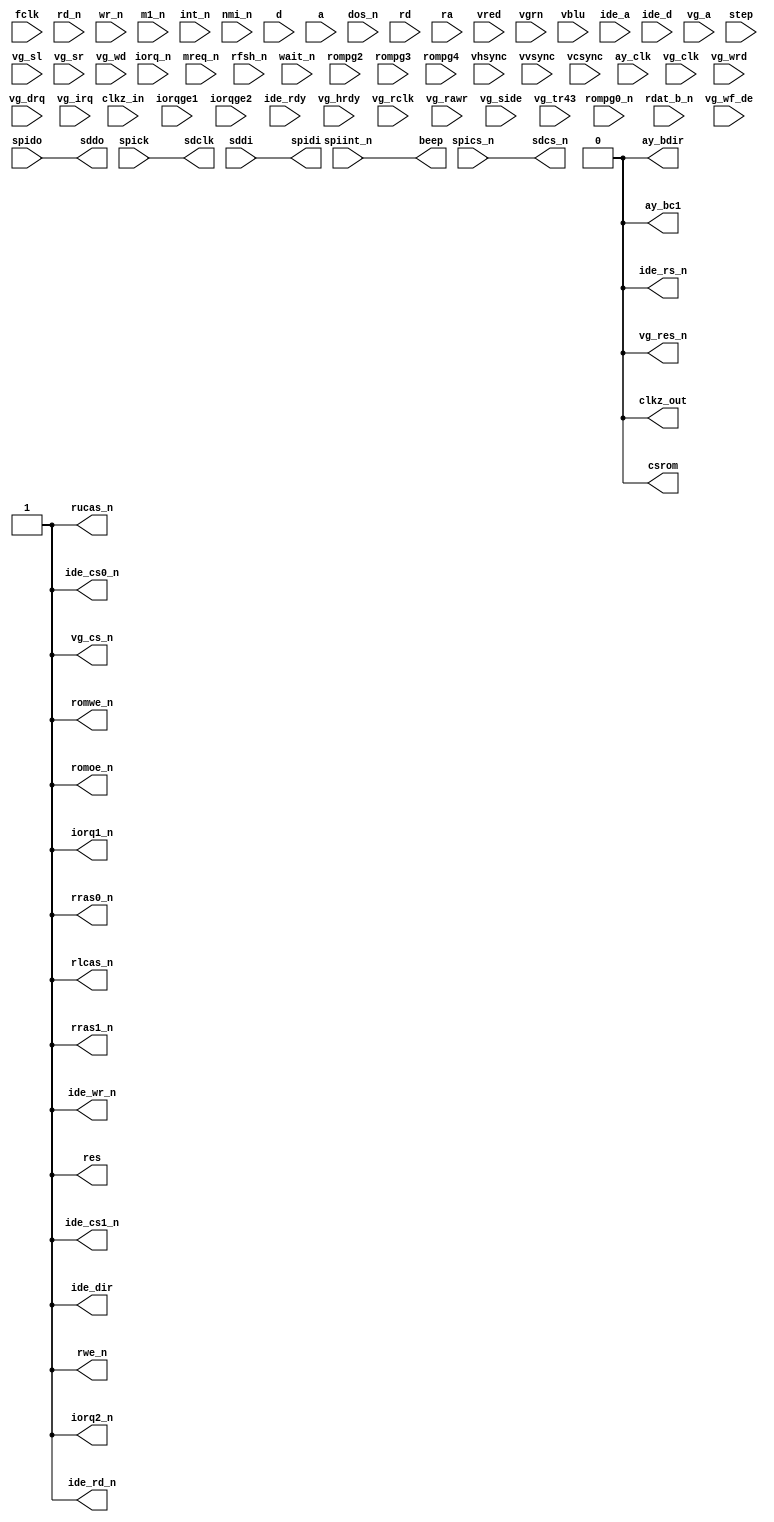
module main_25(
    input fclk,
    output clkz_out,
    input clkz_in,
    input iorq_n,
    input mreq_n,
    input rd_n,
    input wr_n,
    input m1_n,
    input rfsh_n,
    input int_n,
    input nmi_n,
    input wait_n,
    output res,
    input [7:0] d,
    input [15:0] a,
    output csrom,
    output romoe_n,
    output romwe_n,
    input rompg0_n,
    input dos_n, 
    input rompg2,
    input rompg3,
    input rompg4,
    input iorqge1,
    input iorqge2,
    output iorq1_n,
    output iorq2_n,
    input [15:0] rd,
    input [9:0] ra,
    output rwe_n,
    output rucas_n,
    output rlcas_n,
    output rras0_n,
    output rras1_n,
    input [1:0] vred,
    input [1:0] vgrn,
    input [1:0] vblu,
    input vhsync,
    input vvsync,
    input vcsync,
    input ay_clk,
    output ay_bdir,
    output ay_bc1,
    output beep,
    input [2:0] ide_a,
    input [15:0] ide_d,
    output ide_dir,
    input ide_rdy,
    output ide_cs0_n,
    output ide_cs1_n,
    output ide_rs_n,
    output ide_rd_n,
    output ide_wr_n,
    input vg_clk,
    output vg_cs_n,
    output vg_res_n,
    input vg_hrdy,
    input vg_rclk,
    input vg_rawr,
    input [1:0] vg_a, 
    input vg_wrd,
    input vg_side,
    input step,
    input vg_sl,
    input vg_sr,
    input vg_tr43,
    input rdat_b_n,
    input vg_wf_de,
    input vg_drq,
    input vg_irq,
    input vg_wd,
    output sdcs_n,
    output sddo,
    output sdclk,
    input sddi,
    input spics_n,
    input spick,
    input spido,
    output spidi,
    input spiint_n
);
    assign iorq1_n = 1'b1;
    assign iorq2_n = 1'b1;
    assign res= 1'b1;
    assign rwe_n   = 1'b1;
    assign rucas_n = 1'b1;
    assign rlcas_n = 1'b1;
    assign rras0_n = 1'b1;
    assign rras1_n = 1'b1;
    assign ay_bdir = 1'b0;
    assign ay_bc1  = 1'b0;
    assign vg_cs_n  = 1'b1;
    assign vg_res_n = 1'b0;
    assign ide_dir=1'b1;
    assign ide_rs_n = 1'b0;
    assign ide_cs0_n = 1'b1;
    assign ide_cs1_n = 1'b1;
    assign ide_rd_n = 1'b1;
    assign ide_wr_n = 1'b1;
    assign clkz_out = 1'b0;
    assign csrom = 1'b0;
    assign romoe_n = 1'b1;
    assign romwe_n = 1'b1;
    assign sdclk  = spick;
    assign sddo   = spido;
    assign spidi  = sddi;
    assign sdcs_n = spics_n;
    assign beep   = spiint_n;
endmodule